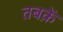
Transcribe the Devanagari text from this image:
तबक़ें